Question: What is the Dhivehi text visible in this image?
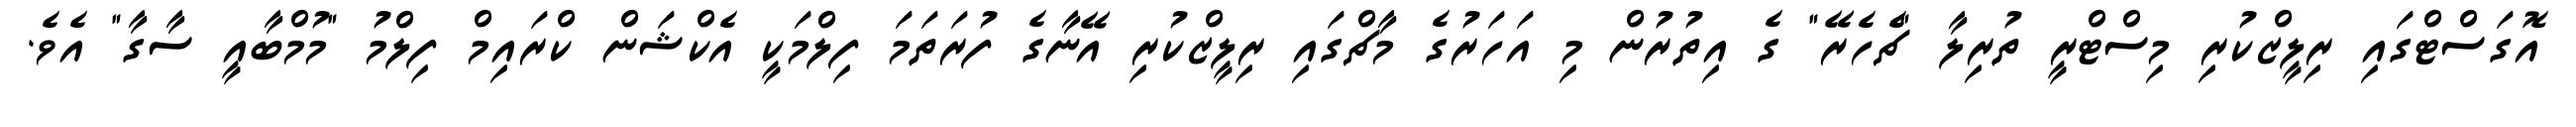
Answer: އޮގަސްޓްގައި ރިލީޒްކުރި މިސްޓްރީ ތުރިލާ "ޗެހެރޭ" ގެ އިތުރުން މި އަހަރުގެ މާޗްގައި ރިލީޒްކުރި އޭނާގެ ފުރަތަމަ ފިލްމަކީ އެކްޝަން ކްރައިމް ފިލްމު "މުމްބާއީ ސާގާ" އެވެ.